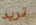
تريد